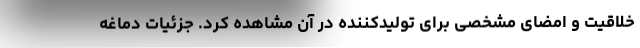
خلاقیت و امضای مشخصی برای تولیدکننده در آن مشاهده کرد. جزئیات دماغه